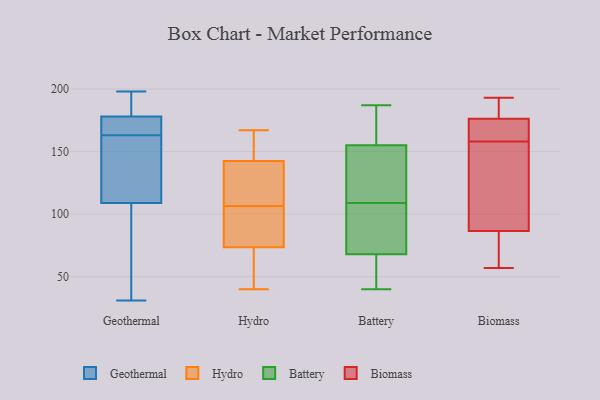
{"axis": {"x": "Humidity (%)", "y": "Value"}, "legend": ["Battery", "Biomass", "Geothermal", "Hydro"], "data": [{"x": "", "y": 198, "type": "Geothermal"}, {"x": "", "y": 178, "type": "Geothermal"}, {"x": "", "y": 109, "type": "Geothermal"}, {"x": "", "y": 122, "type": "Geothermal"}, {"x": "", "y": 168, "type": "Geothermal"}, {"x": "", "y": 31, "type": "Geothermal"}, {"x": "", "y": 182, "type": "Geothermal"}, {"x": "", "y": 178, "type": "Geothermal"}, {"x": "", "y": 158, "type": "Geothermal"}, {"x": "", "y": 99, "type": "Geothermal"}, {"x": "", "y": 143, "type": "Hydro"}, {"x": "", "y": 92, "type": "Hydro"}, {"x": "", "y": 109, "type": "Hydro"}, {"x": "", "y": 136, "type": "Hydro"}, {"x": "", "y": 74, "type": "Hydro"}, {"x": "", "y": 142, "type": "Hydro"}, {"x": "", "y": 48, "type": "Hydro"}, {"x": "", "y": 167, "type": "Hydro"}, {"x": "", "y": 73, "type": "Hydro"}, {"x": "", "y": 104, "type": "Hydro"}, {"x": "", "y": 40, "type": "Hydro"}, {"x": "", "y": 163, "type": "Hydro"}, {"x": "", "y": 187, "type": "Battery"}, {"x": "", "y": 109, "type": "Battery"}, {"x": "", "y": 70, "type": "Battery"}, {"x": "", "y": 92, "type": "Battery"}, {"x": "", "y": 109, "type": "Battery"}, {"x": "", "y": 40, "type": "Battery"}, {"x": "", "y": 154, "type": "Battery"}, {"x": "", "y": 140, "type": "Battery"}, {"x": "", "y": 55, "type": "Battery"}, {"x": "", "y": 88, "type": "Battery"}, {"x": "", "y": 158, "type": "Battery"}, {"x": "", "y": 169, "type": "Battery"}, {"x": "", "y": 62, "type": "Battery"}, {"x": "", "y": 176, "type": "Biomass"}, {"x": "", "y": 57, "type": "Biomass"}, {"x": "", "y": 159, "type": "Biomass"}, {"x": "", "y": 118, "type": "Biomass"}, {"x": "", "y": 158, "type": "Biomass"}, {"x": "", "y": 82, "type": "Biomass"}, {"x": "", "y": 193, "type": "Biomass"}, {"x": "", "y": 161, "type": "Biomass"}, {"x": "", "y": 133, "type": "Biomass"}, {"x": "", "y": 184, "type": "Biomass"}, {"x": "", "y": 76, "type": "Biomass"}, {"x": "", "y": 88, "type": "Biomass"}, {"x": "", "y": 177, "type": "Biomass"}]}